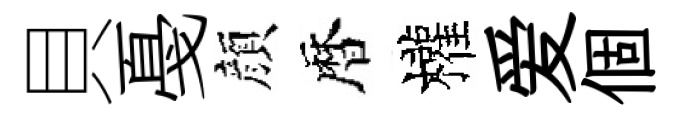
貝戞顔暦權爱個